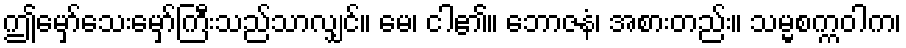
ဤမှော်သေးမှော်ကြီးသည်သာလျှင်။ မေ၊ ငါ၏။ ဘောဇနံ၊ အစားတည်း။ သမ္မစက္ကဝါက၊